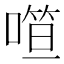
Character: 𰈢